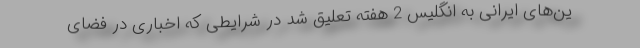
ین‌های ایرانی به انگلیس 2 هفته تعلیق شد در شرایطی که اخباری در فضای